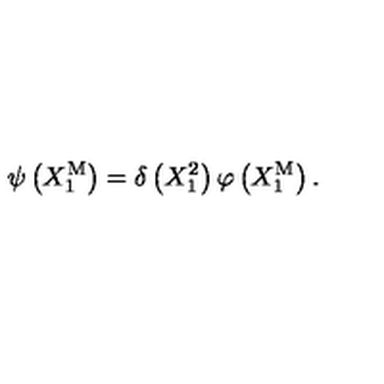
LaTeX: \psi \left( X _ { 1 } ^ { \mathrm { M } } \right) = \delta \left( X _ { 1 } ^ { 2 } \right) \varphi \left( X _ { 1 } ^ { \mathrm { M } } \right) .